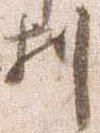
刻